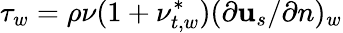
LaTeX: \tau_{w}=\rho\nu(1+\nu_{t,w}^{*})(\partial{\mathbf{u}_{s}}/\partial{n})_{w}